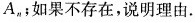
A_{n}；如果不存在，说明理由。